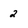
Character: 2